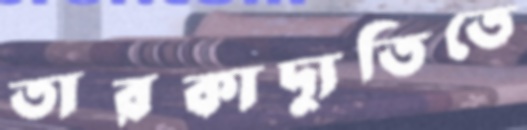
তারকাদ্যুতিতে